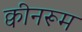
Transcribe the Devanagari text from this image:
क्वीनरूम